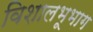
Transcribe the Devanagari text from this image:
विशालभूभाग